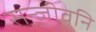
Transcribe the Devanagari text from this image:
सन्जीवनि